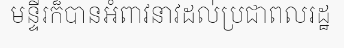
មន្ទីរក៏បានអំពាវនាវដល់ប្រជាពលរដ្ឋ